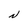
Character: N